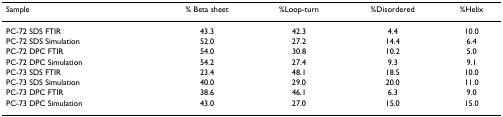
<table><thead><tr><td><b>Sample</b></td><td><b>% Beta sheet</b></td><td><b>%Loop-turn</b></td><td><b>%Disordered</b></td><td><b>%Helix</b></td></tr></thead><tbody><tr><td>PC-72 SDS FTIR</td><td>43.3</td><td>42.3</td><td>4.4</td><td>10.0</td></tr><tr><td>PC-72 SDS Simulation</td><td>52.0</td><td>27.2</td><td>14.4</td><td>6.4</td></tr><tr><td>PC-72 DPC FTIR</td><td>54.0</td><td>30.8</td><td>10.2</td><td>5.0</td></tr><tr><td>PC-72 DPC Simulation</td><td>54.2</td><td>27.4</td><td>9.3</td><td>9.1</td></tr><tr><td>PC-73 SDS FTIR</td><td>23.4</td><td>48.1</td><td>18.5</td><td>10.0</td></tr><tr><td>PC-73 SDS Simulation</td><td>40.0</td><td>29.0</td><td>20.0</td><td>11.0</td></tr><tr><td>PC-73 DPC FTIR</td><td>38.6</td><td>46.1</td><td>6.3</td><td>9.0</td></tr><tr><td>PC-73 DPC Simulation</td><td>43.0</td><td>27.0</td><td>15.0</td><td>15.0</td></tr></tbody></table>